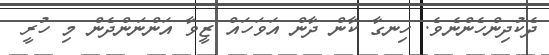
ދެކުދިންހެންނެވެ. ހިނގާ ކާން ދާން އަވަހައް ޒީވާ އަންނަންދެން މި ހުރީ